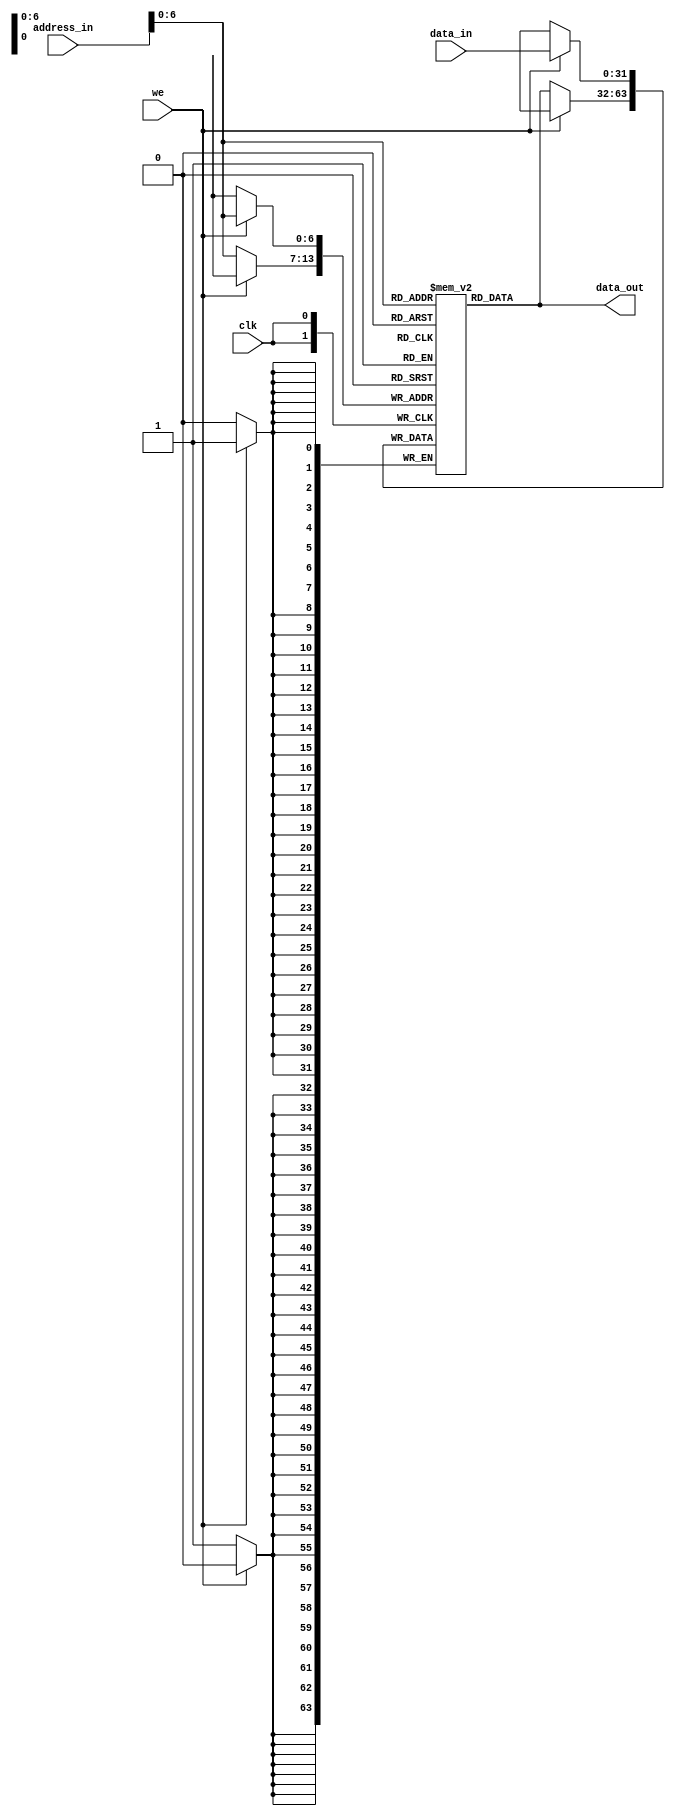
	module data_memory(
	data_out, 
	data_in, 
	address_in, 
	we, 
	clk 
); 
	output reg [31:0] data_out; // input and output should have 32-bit length. 	
	input [31:0] data_in; 
	input [31:0] address_in; 
	input we; 
	input clk; 
	
	reg [31:0] mem[127:0]; 
	
	initial begin 
		mem[0] <= 32'd4; mem[1] <= 32'd8; mem[2] <= 32'd12; mem[3] <= 32'd16; 
		mem[4] <= 32'd20; mem[5] <= 32'd24; mem[6] <= 32'd28; mem[7] <= 32'd32; 
		mem[8] <= 32'd36; mem[9] <= 32'd40; mem[10] <= 32'd44; mem[11] <= 32'd48; 	
		mem[12] <= 32'd52; mem[13] <= 32'd56; mem[14] <= 32'd60; mem[15] <= 32'd64; 
		mem[16] <= 32'd68; mem[17] <= 32'd72; mem[18] <= 32'd76; mem[19] <= 32'd78; 
	end 
	
	always @(*) begin 
		data_out <= mem[address_in]; 
	end 
	
	always @(posedge clk) begin 
		if (we) mem[address_in] <= data_in; 
		else mem[address_in] <= mem[address_in]; 
	end 

endmodule